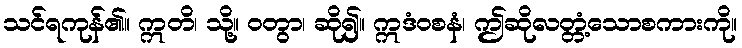
သင်ရကုန်၏။ ဣတိ၊ သို့။ ဝတွာ၊ ဆို၍။ ဣဒံဝစနံ၊ ဤဆိုလတ္တံ့သောစကားကို။